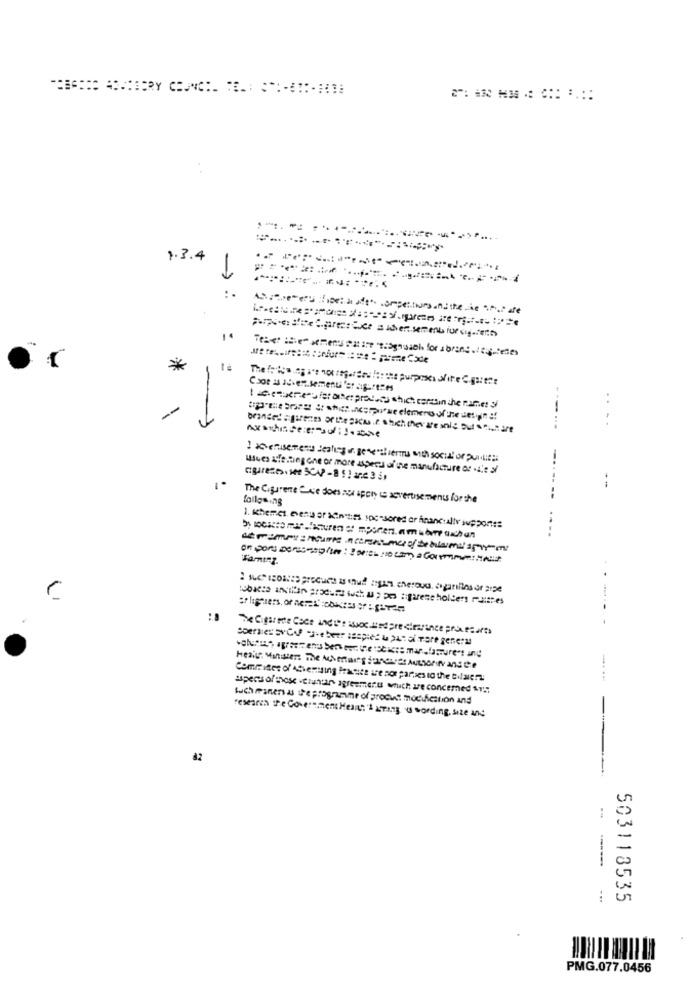
1.3.4
Re: I'veCareerJet a wher ser mnb fur siger
*
---
....
Waves Afe fang one or more aspects of one manufacture os .L'e si
-----
The Cisurene Cce does not apply is advertisements for the
failgoing
--
1. themes. events or Antes spessored ar financially supports:
-...
..
or ligtiers, or nerza" sobares or : give
The Cigarete Cace andit's Not und pre clearance praxecarta
Hesis Minuter: The Achestaing Sances Authorw ans te
Committee of ASventing Prasate ire nor parases to the tilsierz
supers ofthose lunar agreements which are concerned ST !!
such maneras the programme of produit modification and
research the Government Heart'& aring, u wording, size and
82
...
503113535
PMG. 077.0456